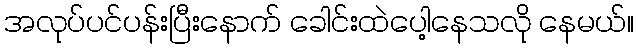
အလုပ်ပင်ပန်းပြီးနောက် ခေါင်းထဲပေါ့နေသလို နေမယ်။